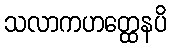
သလာကဟတ္ထေနပိ